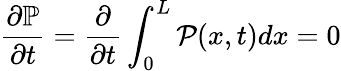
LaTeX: \frac{\partial\mathbb{P}}{\partial t}=\frac{\partial}{\partial t}\int_{0}^{L}{\mathcal{P}}(x,t)dx=0